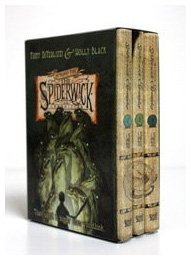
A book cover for Beyond the Spiderwick Chronicles (Boxed Set): The Nixies Song; A Giant Problem; The Wyrm King; Tony DiTerlizzi; Children's Books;